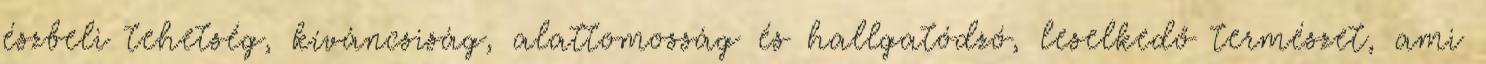
észbeli tehetség, kíváncsiság, alattomosság és hallgatódzó, leselkedő természet, ami